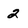
Character: 2